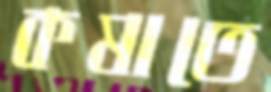
কষাতে